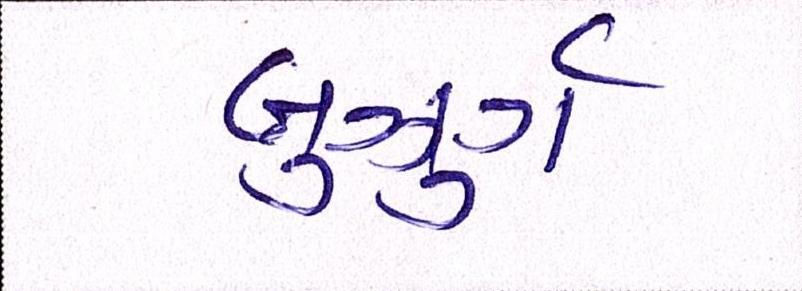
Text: બુઝુર્ગ